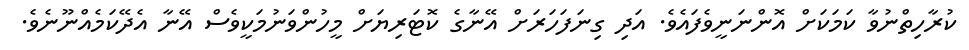
ކުރާހިތްނުވާ ކަމަކަށް އޮންނަނީވެފައެވެ. އަދި ގިނަފަހަރަށް އޭނާގެ ކޮޓަރިޔަށް މީހުންވަނުމަކީވެސް އޭނާ އެދޭކަމެއްނޫނެވެ.